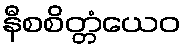
နီစစိတ္တံယေဝ